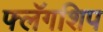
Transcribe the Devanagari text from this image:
फ्लॅगशिप